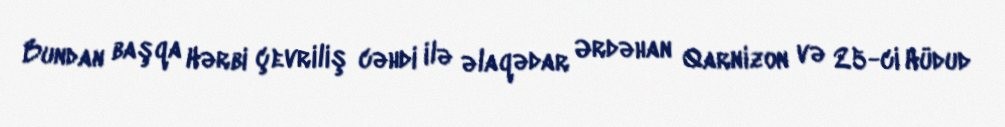
Bundan başqa Hərbi çevriliş cəhdi ilə əlaqədar Ərdəhan Qarnizon və 25-ci Hüdud